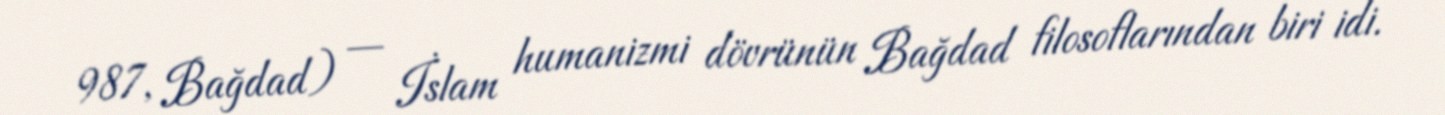
987, Bağdad) — İslam humanizmi dövrünün Bağdad filosoflarından biri idi.